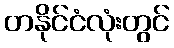
တနိုင်ငံလုံးတွင်